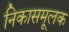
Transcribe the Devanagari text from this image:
निकासमूलक